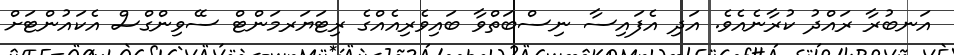
އަނބުރާ ރައްދު ކުރާނެއެވެ. އަދި އެފައިސާ ނިސްބަތްވާ ބައިވެރިއެއްގެ ރިޓަޔަރމަންޓް ސޭވިންގްސް އެކައުންޓަށް